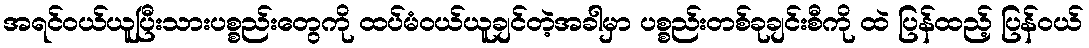
အရင်ဝယ်ယူပြီးသားပစ္စည်းတွေကို ထပ်မံဝယ်ယူချင်တဲ့အခါမှာ ပစ္စည်းတစ်ခုချင်းစီကို ထဲ ပြန်ထည့် ပြန်၀ယ်